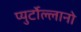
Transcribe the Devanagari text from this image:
प्युर्टोल्लानो